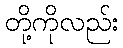
တို့ကိုလည်း